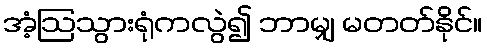
အံ့ဩသွားရုံကလွဲ၍ ဘာမျှ မတတ်နိုင်။